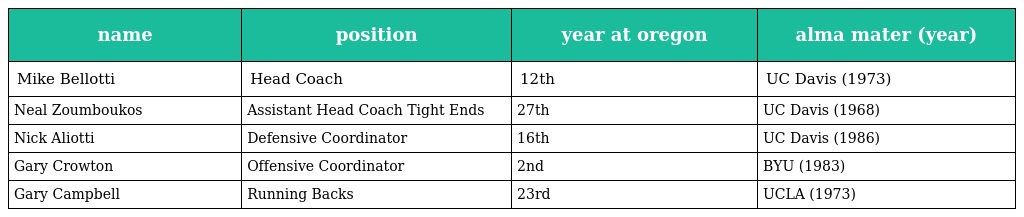
| name | position | year at oregon | alma mater (year) |
 | --- | --- | --- | --- |
 | Mike Bellotti | Head Coach | 12th | UC Davis (1973) |
 | Neal Zoumboukos | Assistant Head Coach Tight Ends | 27th | UC Davis (1968) |
 | Nick Aliotti | Defensive Coordinator | 16th | UC Davis (1986) |
 | Gary Crowton | Offensive Coordinator | 2nd | BYU (1983) |
 | Gary Campbell | Running Backs | 23rd | UCLA (1973) |